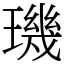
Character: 璣